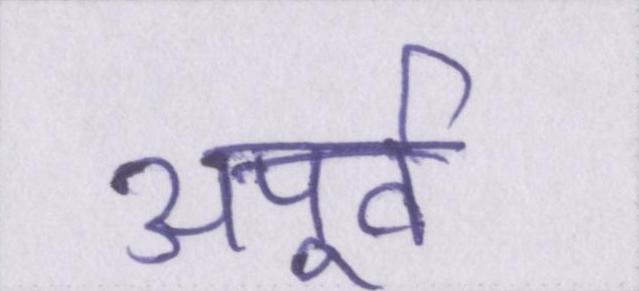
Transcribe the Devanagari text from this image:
अपूर्व